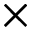
\times